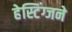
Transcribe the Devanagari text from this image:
हेस्टिंग्जने